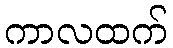
ကာလထက်